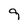
Character: 9